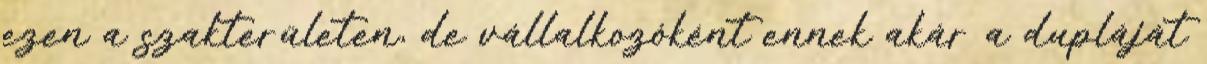
ezen a szakterületen, de vállalkozóként ennek akár a dupláját